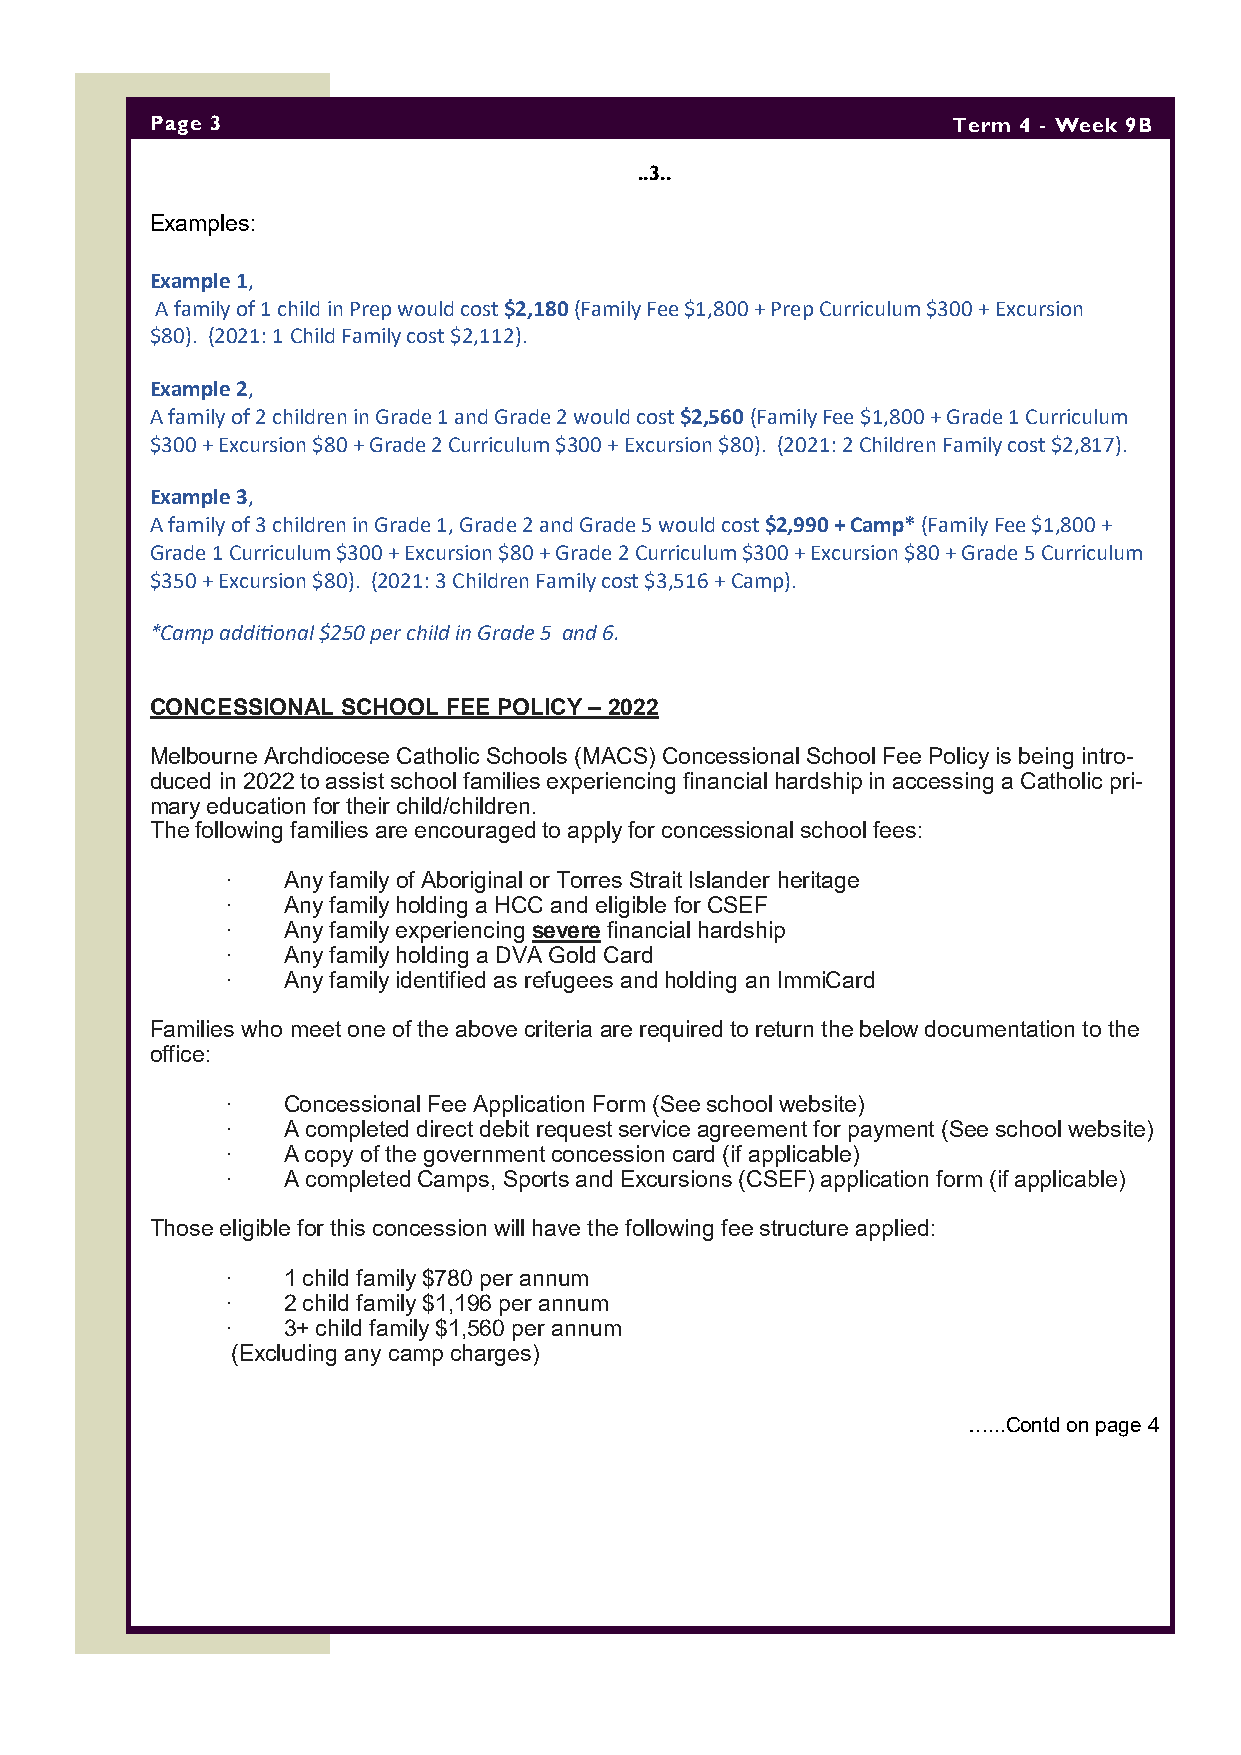
Page 3                                               Term 4 - Week 9B
 ..3..
 Examples:
 Example 1,
 A family of 1 child in Prep would cost $2,180 (Family Fee $1,800 + Prep Curriculum $300 + Excursion
 $80). (2021: 1 Child Family cost $2,112).
 Example 2,
 A family of 2 children in Grade 1 and Grade 2 would cost $2,560 (Family Fee $1,800 + Grade 1 Curriculum
 $300 + Excursion $80 + Grade 2 Curriculum $300 + Excursion $80). (2021: 2 Children Family cost $2,817).
 Example 3,
 A family of 3 children in Grade 1, Grade 2 and Grade 5 would cost $2,990 + Camp* (Family Fee $1,800 +
 Grade 1 Curriculum $300 + Excursion $80 + Grade 2 Curriculum $300 + Excursion $80 + Grade 5 Curriculum
 $350 + Excursion $80). (2021: 3 Children Family cost $3,516 + Camp).
 *Camp additional $250 per child in Grade 5 and 6.
 CONCESSIONAL SCHOOL FEE POLICY – 2022
 Melbourne Archdiocese Catholic Schools (MACS) Concessional School Fee Policy is being intro-
 duced in 2022 to assist school families experiencing financial hardship in accessing a Catholic pri-
 mary education for their child/children.
 The following families are encouraged to apply for concessional school fees:
 ·   Any family of Aboriginal or Torres Strait Islander heritage
 ·   Any family holding a HCC and eligible for CSEF
 ·   Any family experiencing severe financial hardship
 ·   Any family holding a DVA Gold Card
 ·   Any family identified as refugees and holding an ImmiCard
 Families who meet one of the above criteria are required to return the below documentation to the
 office:
 ·   Concessional Fee Application Form (See school website)
 ·   A completed direct debit request service agreement for payment (See school website)
 ·   A copy of the government concession card (if applicable)
 ·   A completed Camps, Sports and Excursions (CSEF) application form (if applicable)
 Those eligible for this concession will have the following fee structure applied:
 ·   1 child family $780 per annum
 ·   2 child family $1,196 per annum
 ·   3+ child family $1,560 per annum
 (Excluding any camp charges)
 …...Contd on page 4